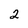
Character: 2